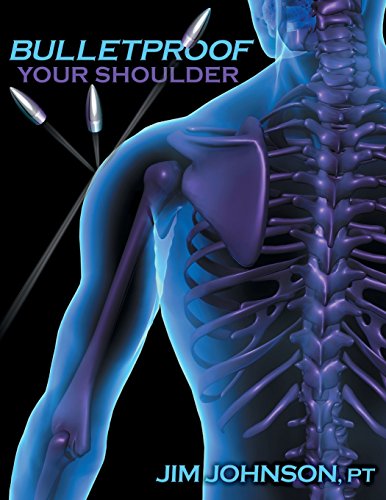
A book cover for Bulletproof Your Shoulder; Jim Johnson; Health, Fitness & Dieting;